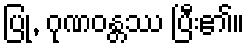
ပြု, ဂုဏဝန္တဿ ပြီး၏။